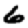
Digit: 6